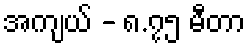
အကျယ် - ၈.၇၅ မီတာ